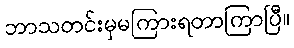
ဘာသတင်းမှမကြားရတာကြာပြီ။